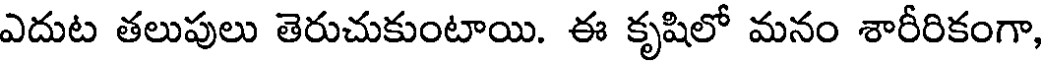
ఎదుట తలుపులు తెరుచుకుంటాయి. ఈ కృషిలో మనం శారీరికంగా,